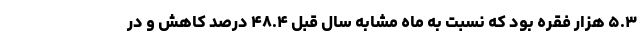
۵.۳ هزار فقره بود که نسبت به ماه مشابه سال قبل ۴۸.۴ درصد کاهش و در